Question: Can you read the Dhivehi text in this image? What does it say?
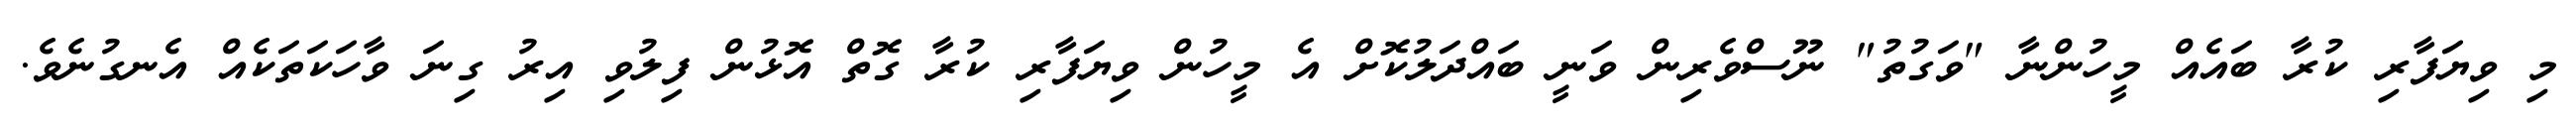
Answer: މި ވިޔަފާރި ކުރާ ބައެއް މީހުންނާ "ވަގުތު" ނޫސްވެރިން ވަނީ ބައްދަލުކޮށް އެ މީހުން ވިޔަފާރި ކުރާ ގޮތް އޮޅުން ފިލުވި އިރު ގިނަ ވާހަކަތަކެއް އެނގުނެވެ.